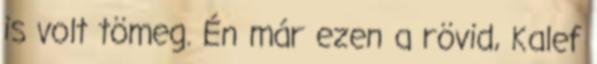
is volt tömeg. Én már ezen a rövid, Kalef